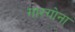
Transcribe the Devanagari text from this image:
गारगोना